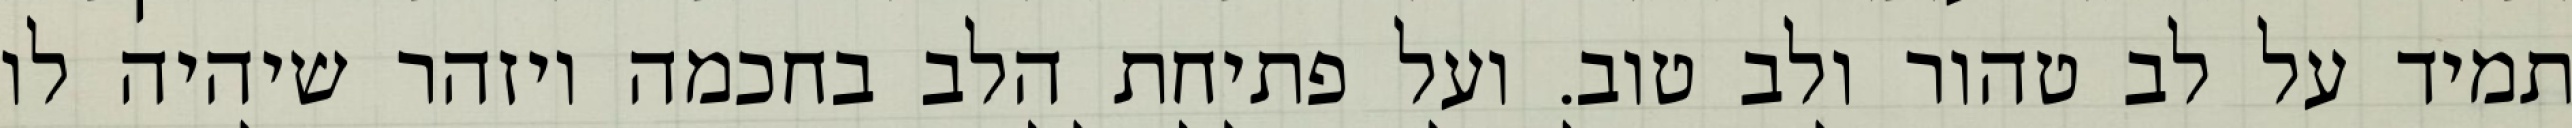
תמיד על לב טהור ולב טוב. ועל פתיחת הלב בחכמה ויזהר שיהיה לו